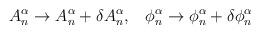
LaTeX: \begin{align*}A_n^\alpha \rightarrow A_n^\alpha +\delta A_n^\alpha ,\;\;\;\phi _n^\alpha\rightarrow \phi _n^\alpha +\delta \phi _n^\alpha\end{align*}